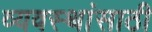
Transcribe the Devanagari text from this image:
व्यवस्थांसाठी